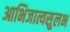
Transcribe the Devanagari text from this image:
आभिजात्यसुलभ